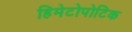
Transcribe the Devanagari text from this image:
हिमेटोपोटिक